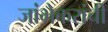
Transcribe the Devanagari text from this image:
जांभेकरांची